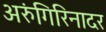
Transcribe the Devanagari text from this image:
अरुंगिरिनादर